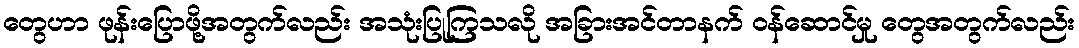
တွေဟာ ဖုန်းပြောဖို့အတွက်လည်း အသုံးပြုကြသလို အခြားအင်တာနက် ဝန်ဆောင်မှု တွေအတွက်လည်း